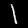
Label: 1